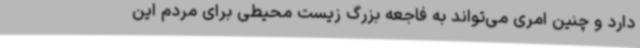
دارد و چنین امری می‌تواند به فاجعه‌ بزرگ زیست محیطی برای مردم این